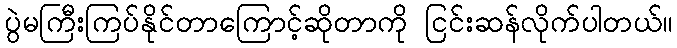
ပွဲမကြီးကြပ်နိုင်တာကြောင့်ဆိုတာကို ငြင်းဆန်လိုက်ပါတယ်။